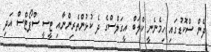
ދެން ސްކޮޑުގައި ހިމެނެނީ ކްލަބް އީގަލްސްގެ ދެ ކުޅުންތެރިންނާއި ޓީސީ ސްޕޯޓްސް އަދި